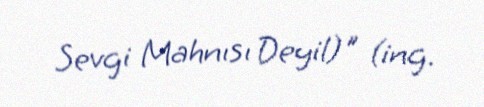
Sevgi Mahnısı Deyil)" (ing.